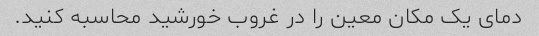
دمای یک مکان معین را در غروب خورشید محاسبه کنید.